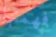
فهمتها